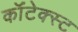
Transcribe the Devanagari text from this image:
कॉंटेक्स्ट